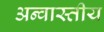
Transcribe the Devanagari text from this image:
अन्वास्तीय